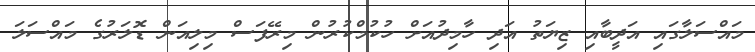
މައްސަލާގައި އަދީބާއި ޒިޔަތު އަދި ހާމިދުއަށް ހުކުމްކުރުން މިރޭފަސް މިލިއަން ޑޮލަރުގެ މައްސަލަ